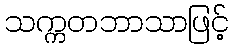
သက္ကတဘာသာဖြင့်